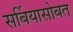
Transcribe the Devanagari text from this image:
सर्बियासोबत